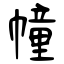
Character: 幢